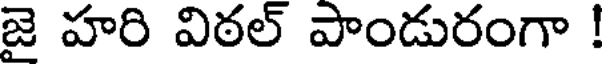
జై హరి విఠల్ పాండురంగా !